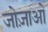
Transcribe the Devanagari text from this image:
जोज़ाओ